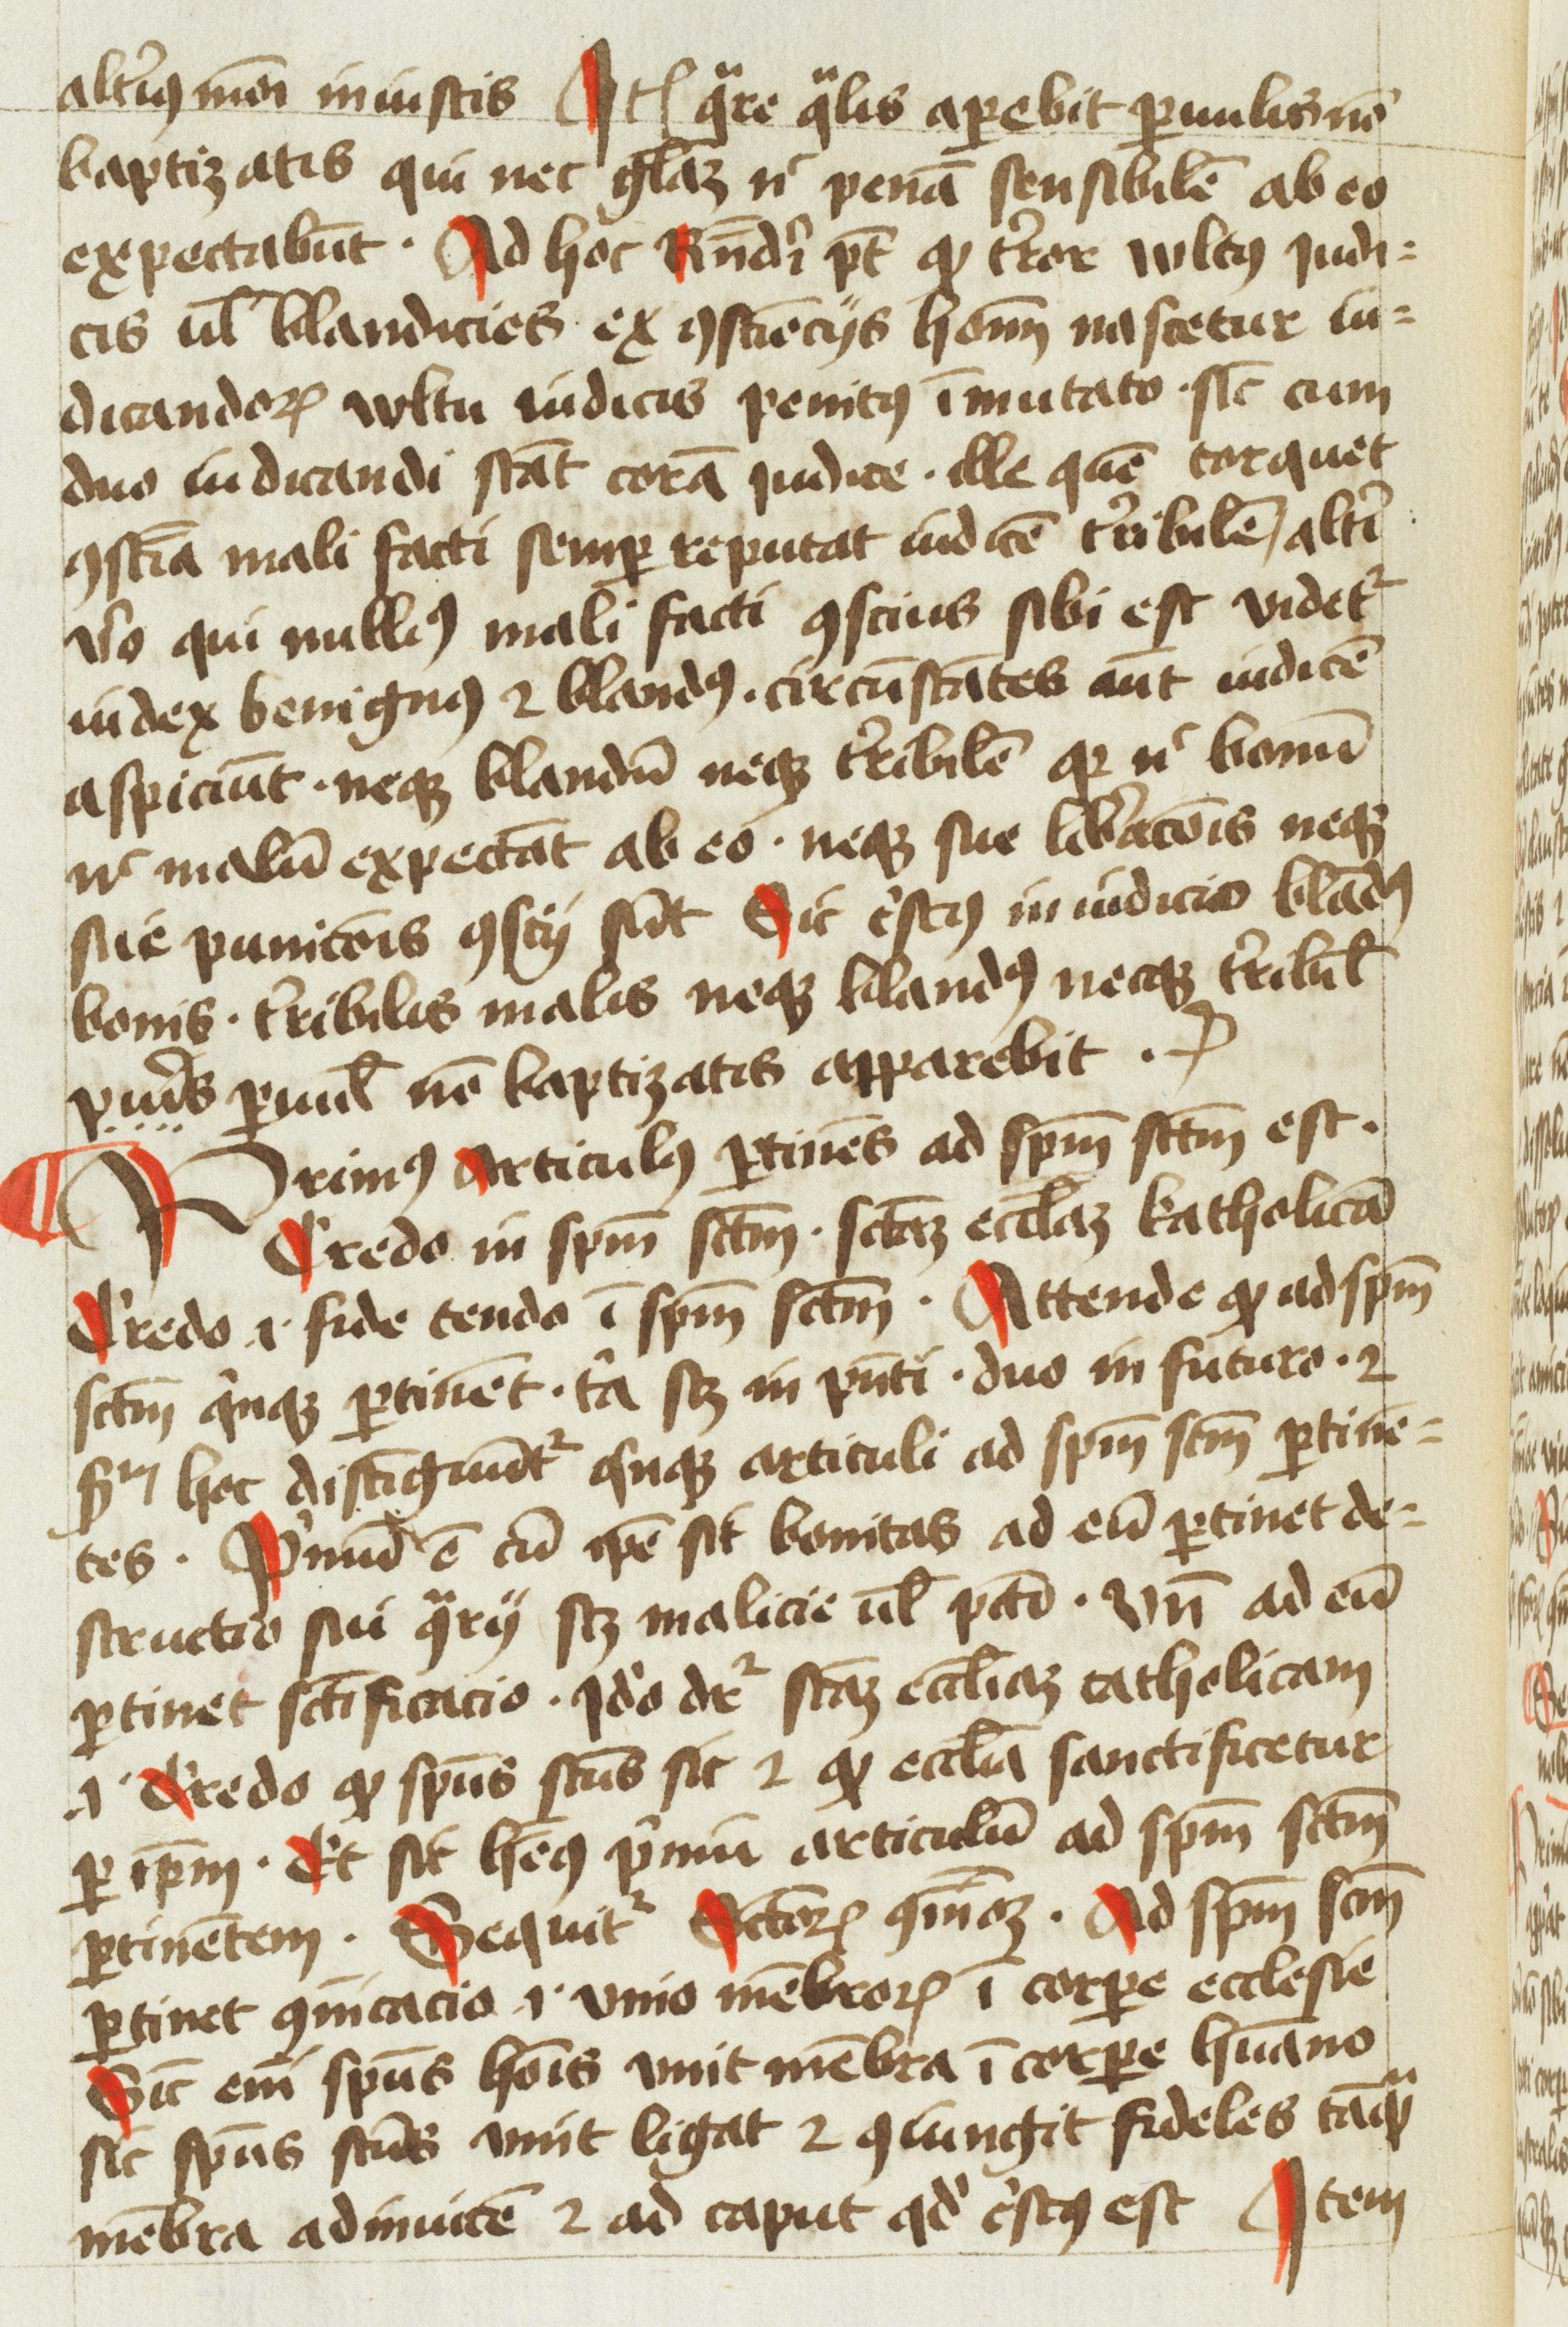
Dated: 1454–1456